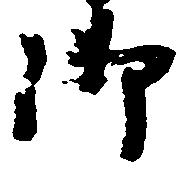
御